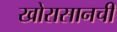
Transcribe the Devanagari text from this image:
खोरासानची